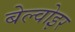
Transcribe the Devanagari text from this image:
बेल्वोइर